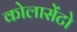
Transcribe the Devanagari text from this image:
कोलासेंटो